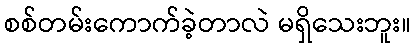
စစ်တမ်းကောက်ခဲ့တာလဲ မရှိသေးဘူး။